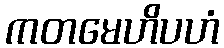
ကတမေဟိပဟံ